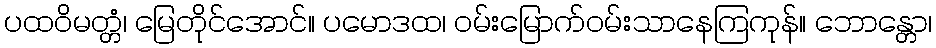
ပထဝိမတ္တံ၊ မြေတိုင်အောင်။ ပမောဒထ၊ ဝမ်းမြောက်ဝမ်းသာနေကြကုန်။ ဘောန္တော၊